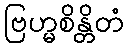
ဗြဟ္မစိန္တိတံ